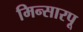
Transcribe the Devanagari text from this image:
मिन्सारपू